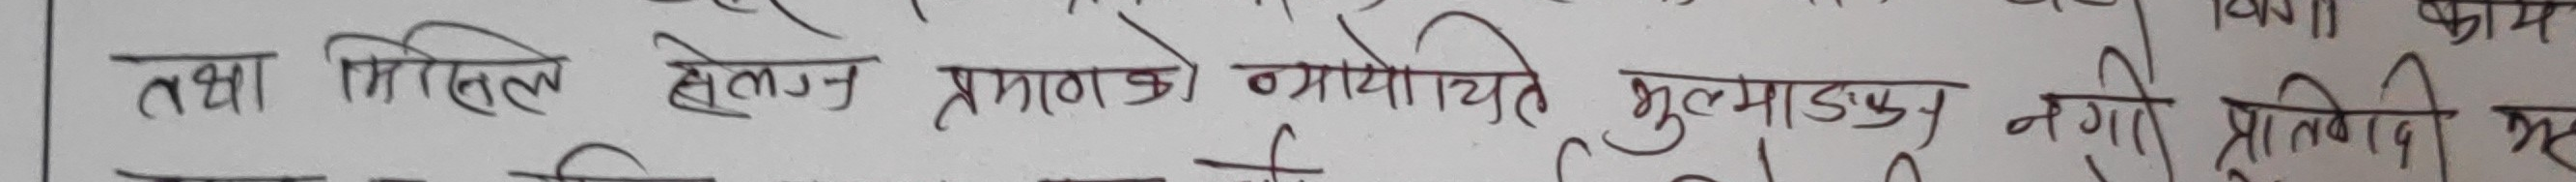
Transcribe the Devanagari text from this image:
तथा मिसिल हेलागन प्रमाणको बायोचे भुलमाड नगि